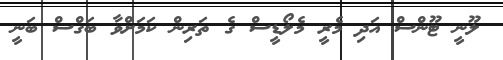
ލޫނީ ޓޫންސް އަދި މެރީ މެލޯޑީސް ގެ ތަރިން ކަމަށްވާ ބަގްސް ބަނީ